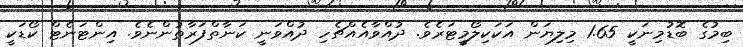
ބިމުގެ ބޮޑުމިނަކީ 1.65 މިލިޔަން އަކަކިލޯމީޓަރެވެ. ދުއްވާއެއްޗެހި ދުއްވަނީ ކަނާތްފަރާތުންނެވެ. އިންޓަނެޓް ކޯޑަކީ